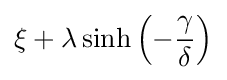
\xi +\lambda \sinh \left(-{\frac {\gamma }{\delta }}\right)